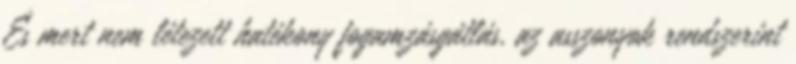
És mert nem létezett hatékony fogamzásgátlás, az asszonyok rendszerint